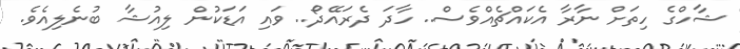
ޝާހްގެ ހިތަށް ނާރާ އެކައްޗެއްވެސް.. ހާދަ ދެރައޭދޯ.. ވައި އަޑަކުން ލިއުޝާ ބުނެލިއެވެ.